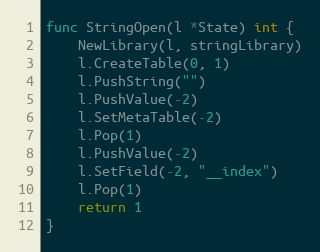
Language: Go
func StringOpen(l *State) int {
	NewLibrary(l, stringLibrary)
	l.CreateTable(0, 1)
	l.PushString("")
	l.PushValue(-2)
	l.SetMetaTable(-2)
	l.Pop(1)
	l.PushValue(-2)
	l.SetField(-2, "__index")
	l.Pop(1)
	return 1
}